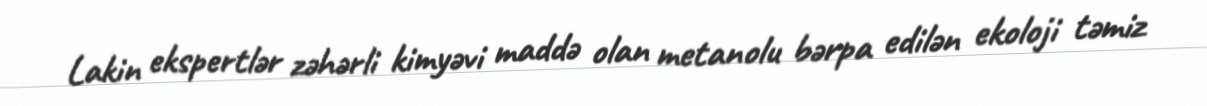
Lakin ekspertlər zəhərli kimyəvi maddə olan metanolu bərpa edilən ekoloji təmiz